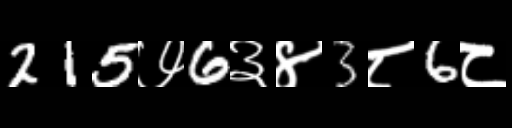
Text: 215७6३४3८6८